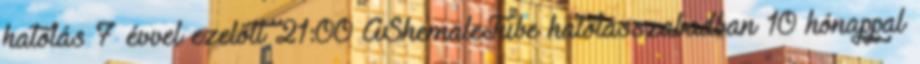
hatolás 7 évvel ezelőtt 21:00 AShemaleTube hatolásszabadban 10 hónappal